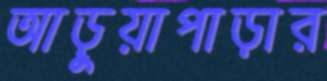
আড়ুয়াপাড়ার